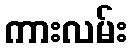
ကားလမ်း